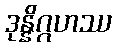
ဒုန္နိဂ္ဂဟဿ